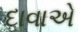
દાવાએ